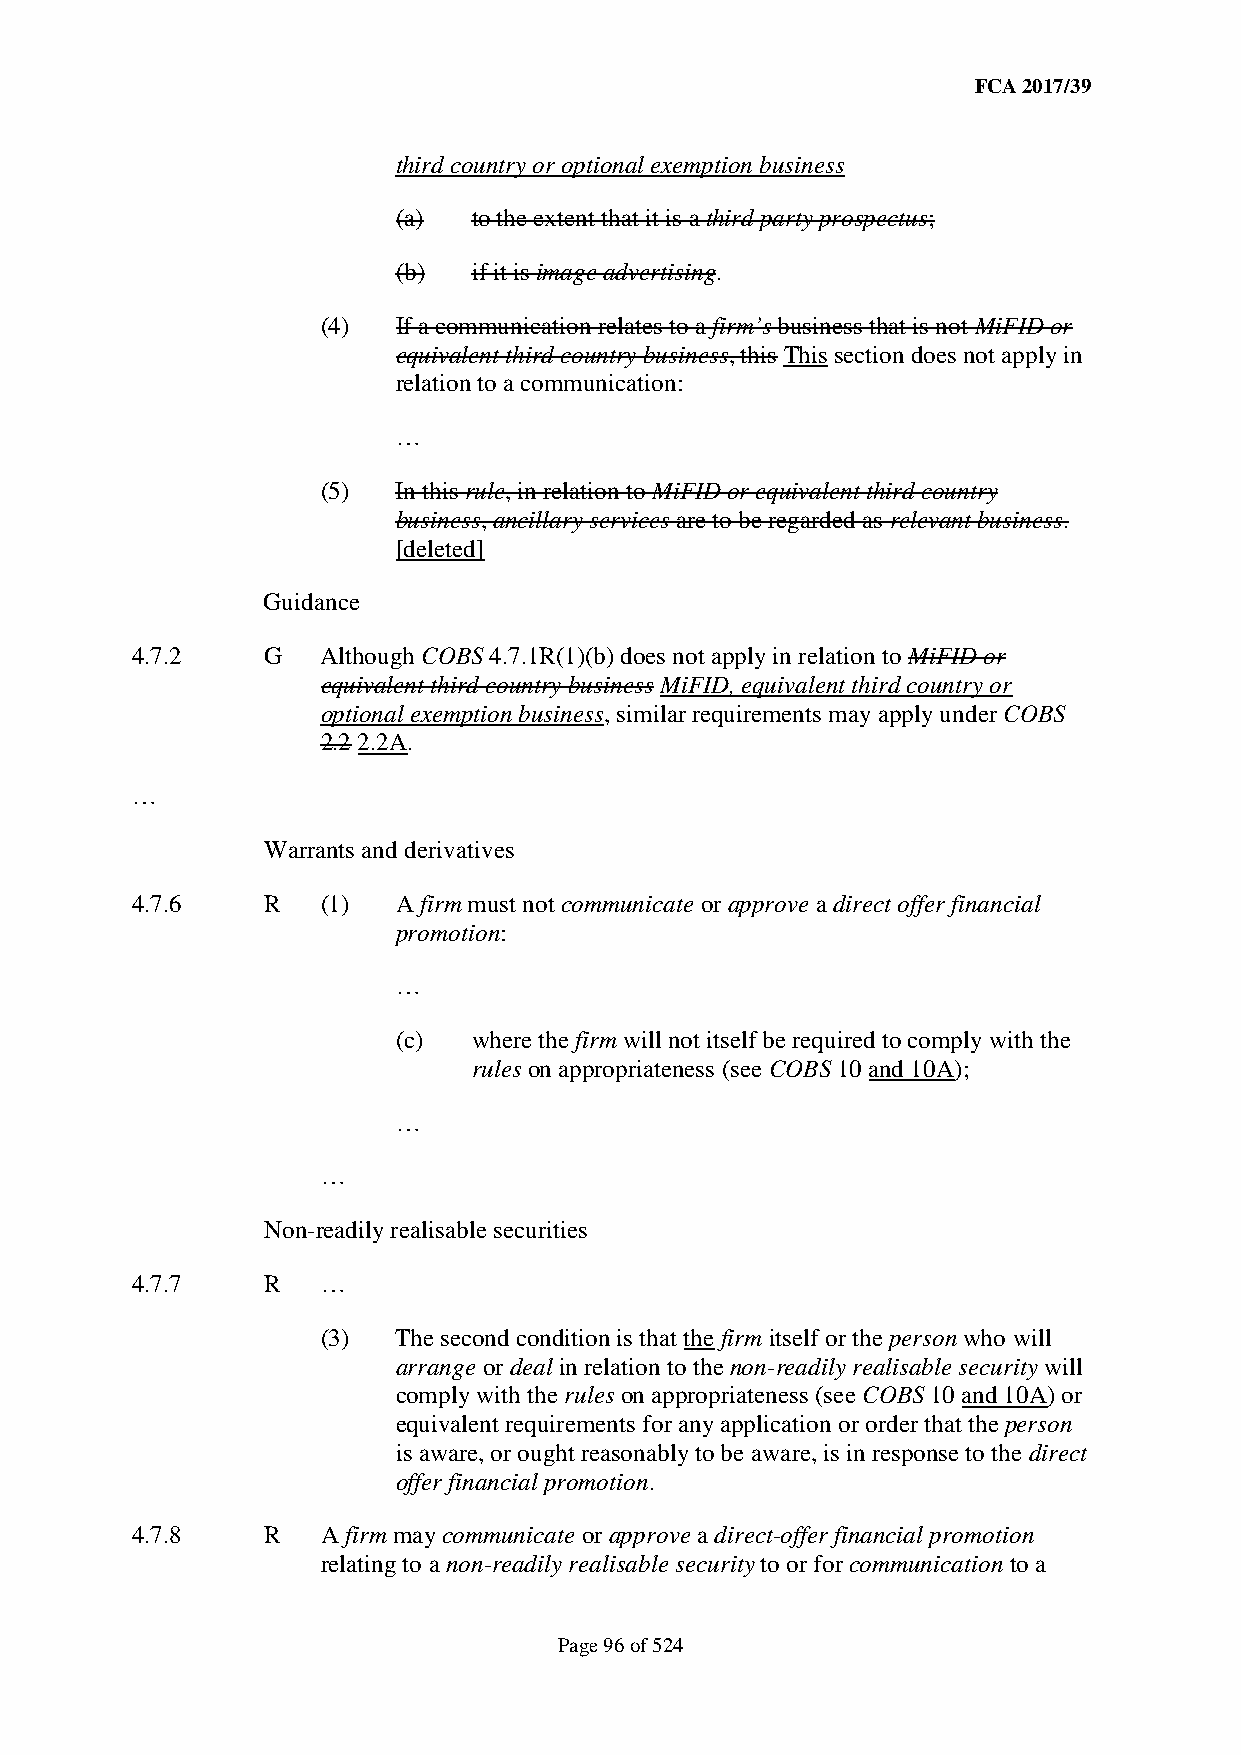
FCA 2017/39
 third country or optional exemption business
 (a)  to the extent that it is a third party prospectus;
 (b)  if it is image advertising.
 (4)  If a communication relates to a firm’s business that is not MiFID or
 equivalent third country business, this This section does not apply in
 relation to a communication:
 …
 (5)  In this rule, in relation to MiFID or equivalent third country
 business, ancillary services are to be regarded as relevant business.
 [deleted]
 Guidance
 4.7.2   G   Although COBS 4.7.1R(1)(b) does not apply in relation to MiFID or
 equivalent third country business MiFID, equivalent third country or
 optional exemption business, similar requirements may apply under COBS
 2.2 2.2A.
 …
 Warrants and derivatives
 4.7.6   R   (1)  A firm must not communicate or approve a direct offer financial
 promotion:
 …
 (c)  where the firm will not itself be required to comply with the
 rules on appropriateness (see COBS 10 and 10A);
 …
 …
 Non-readily realisable securities
 4.7.7   R   …
 (3)  The second condition is that the firm itself or the person who will
 arrange or deal in relation to the non-readily realisable security will
 comply with the rules on appropriateness (see COBS 10 and 10A) or
 equivalent requirements for any application or order that the person
 is aware, or ought reasonably to be aware, is in response to the direct
 offer financial promotion.
 4.7.8   R   A firm may communicate or approve a direct-offer financial promotion
 relating to a non-readily realisable security to or for communication to a
 Page 96 of 524